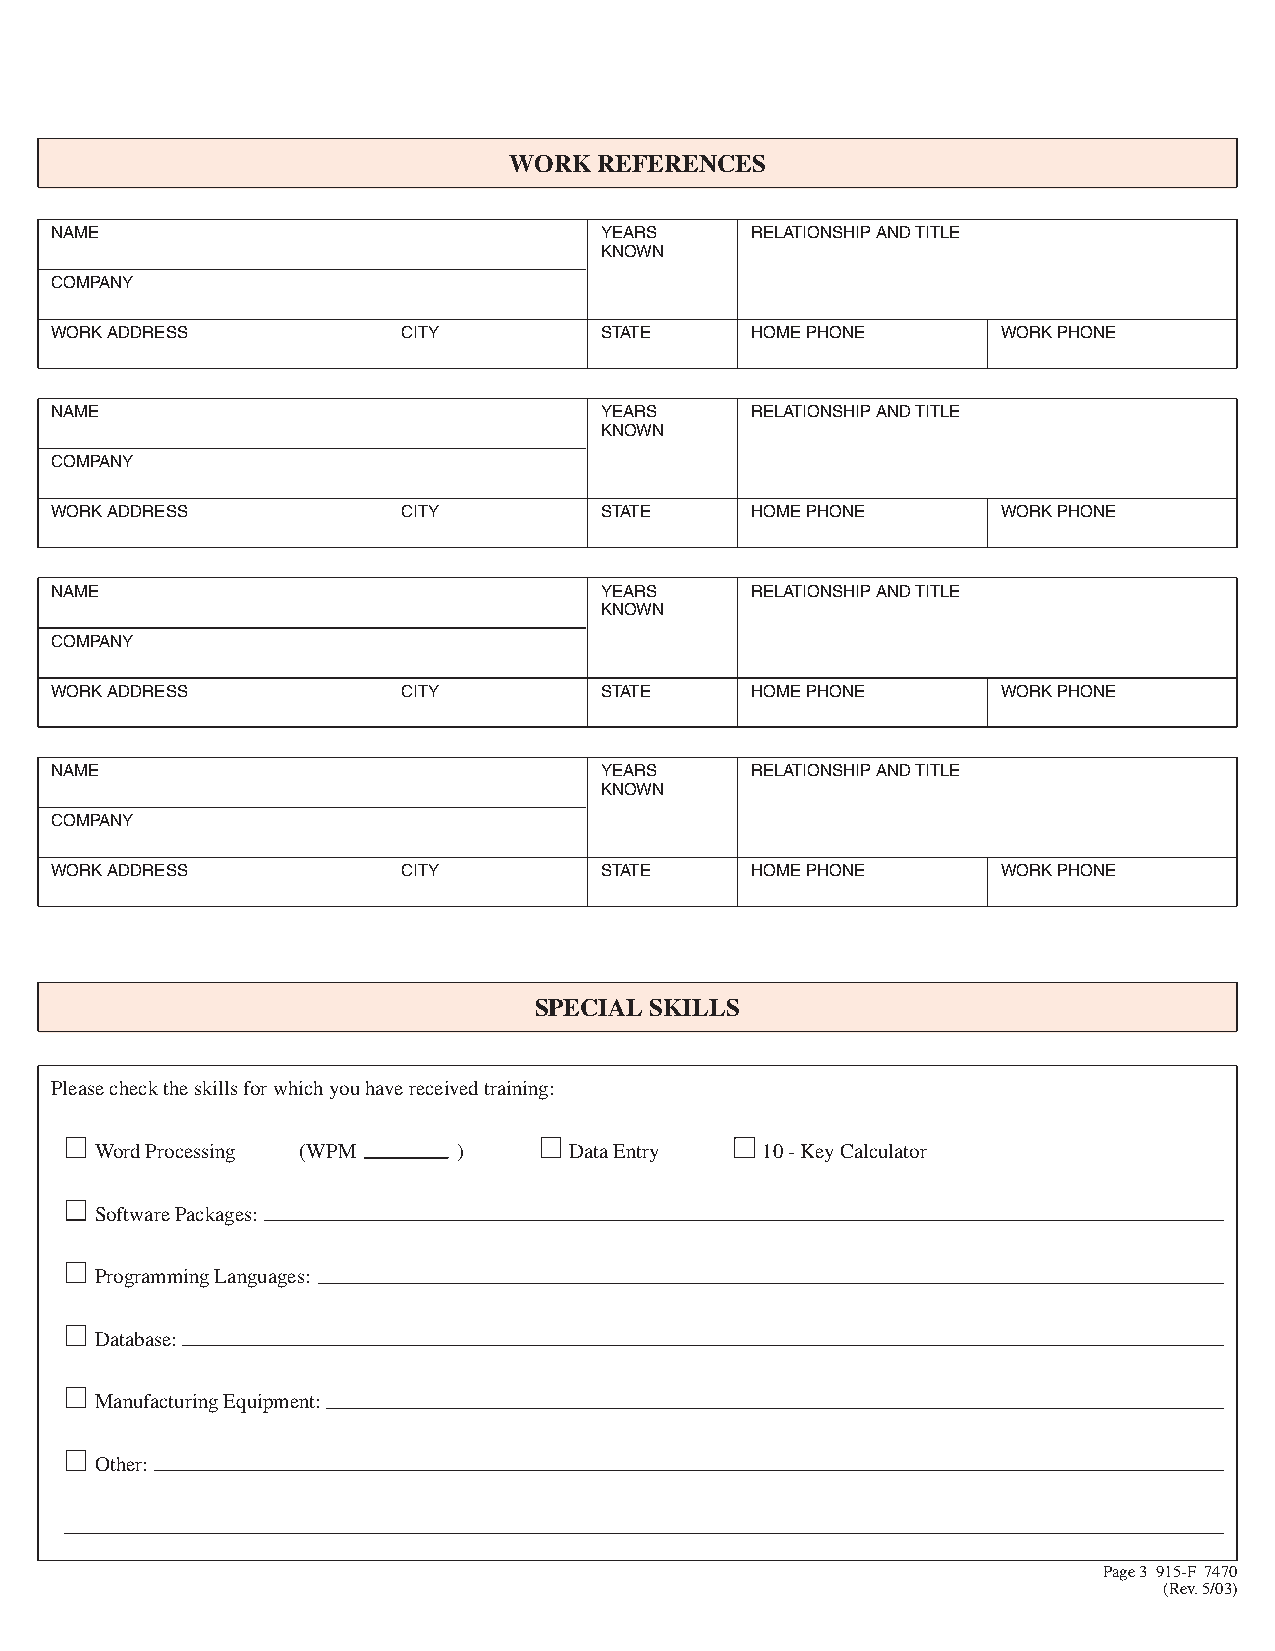
WORK  REFERENCES
 NAME                                 YEARS     RELATIONSHIP AND TITLE
 KNOWN
 COMPANY
 WORK ADDRESS            CITY         STATE     HOME PHONE      WORK PHONE
 NAME                                 YEARS     RELATIONSHIP AND TITLE
 KNOWN
 COMPANY
 WORK ADDRESS            CITY         STATE     HOME PHONE      WORK PHONE
 NAME                                 YEARS     RELATIONSHIP AND TITLE
 KNOWN
 COMPANY
 WORK ADDRESS            CITY         STATE     HOME PHONE      WORK PHONE
 NAME                                 YEARS     RELATIONSHIP AND TITLE
 KNOWN
 COMPANY
 WORK ADDRESS            CITY         STATE     HOME PHONE      WORK PHONE
 SPECIAL SKILLS
 Please check the skills for which you have received training:
 Word Processing (WPM    )       Data Entry  10 - Key Calculator
 Software Packages:
 Programming Languages:
 Database:
 Manufacturing Equipment:
 Other:
 Page 3 915-F 7470
 (Rev. 5/03)